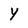
Character: y